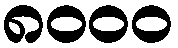
၈၀၀၀